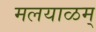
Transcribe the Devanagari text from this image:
मलयाळम्